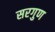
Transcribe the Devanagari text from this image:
सरगुण